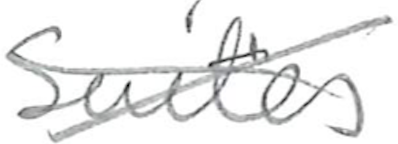
Text: Suits
Cross-out: mix
Writing tool: pencil